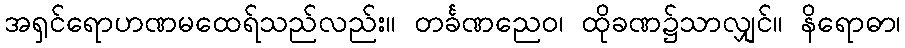
အရှင်ရောဟဏမထေရ်သည်လည်း။ တင်္ခဏညေဝ၊ ထိုခဏ၌သာလျှင်။ နိရောဓာ၊